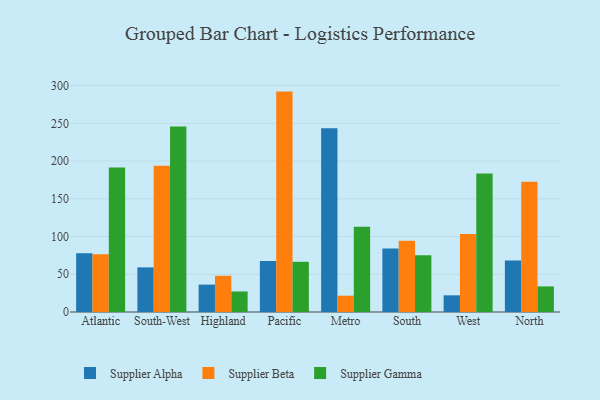
{"axis": {"x": "Region", "y": "Satisfaction Score"}, "legend": ["Supplier Alpha", "Supplier Beta", "Supplier Gamma"], "data": [{"x": "Atlantic", "y": 78.0, "type": "Supplier Alpha"}, {"x": "Atlantic", "y": 76.5, "type": "Supplier Beta"}, {"x": "Atlantic", "y": 191.5, "type": "Supplier Gamma"}, {"x": "South-West", "y": 59.1, "type": "Supplier Alpha"}, {"x": "South-West", "y": 193.6, "type": "Supplier Beta"}, {"x": "South-West", "y": 245.8, "type": "Supplier Gamma"}, {"x": "Highland", "y": 36.3, "type": "Supplier Alpha"}, {"x": "Highland", "y": 48.0, "type": "Supplier Beta"}, {"x": "Highland", "y": 27.2, "type": "Supplier Gamma"}, {"x": "Pacific", "y": 67.7, "type": "Supplier Alpha"}, {"x": "Pacific", "y": 292.0, "type": "Supplier Beta"}, {"x": "Pacific", "y": 66.5, "type": "Supplier Gamma"}, {"x": "Metro", "y": 243.5, "type": "Supplier Alpha"}, {"x": "Metro", "y": 21.6, "type": "Supplier Beta"}, {"x": "Metro", "y": 113.0, "type": "Supplier Gamma"}, {"x": "South", "y": 84.1, "type": "Supplier Alpha"}, {"x": "South", "y": 94.5, "type": "Supplier Beta"}, {"x": "South", "y": 75.3, "type": "Supplier Gamma"}, {"x": "West", "y": 22.1, "type": "Supplier Alpha"}, {"x": "West", "y": 103.2, "type": "Supplier Beta"}, {"x": "West", "y": 183.6, "type": "Supplier Gamma"}, {"x": "North", "y": 68.1, "type": "Supplier Alpha"}, {"x": "North", "y": 172.7, "type": "Supplier Beta"}, {"x": "North", "y": 33.9, "type": "Supplier Gamma"}]}